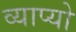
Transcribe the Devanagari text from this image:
व्याप्यो